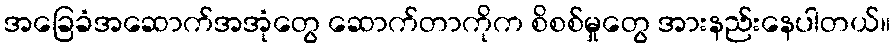
အခြေခံအဆောက်အအုံတွေ ဆောက်တာကိုက စိစစ်မှုတွေ အားနည်းနေပါတယ်။